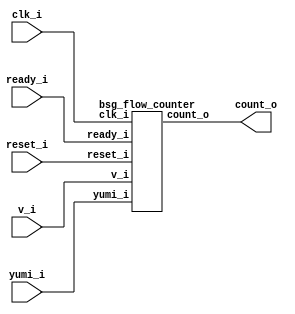


module top
(
  clk_i,
  reset_i,
  v_i,
  ready_i,
  yumi_i,
  count_o
);

  output [10:0] count_o;
  input clk_i;
  input reset_i;
  input v_i;
  input ready_i;
  input yumi_i;

  bsg_flow_counter
  wrapper
  (
    .count_o(count_o),
    .clk_i(clk_i),
    .reset_i(reset_i),
    .v_i(v_i),
    .ready_i(ready_i),
    .yumi_i(yumi_i)
  );


endmodule



module bsg_counter_up_down_max_val_p1024_init_val_p0_max_step_p1
(
  clk_i,
  reset_i,
  up_i,
  down_i,
  count_o
);

  input [0:0] up_i;
  input [0:0] down_i;
  output [10:0] count_o;
  input clk_i;
  input reset_i;
  wire N0,N1,N2,N3,N4,N5,N6,N7,N8,N9,N10,N11,N12,N13,N14,N15,N16,N17,N18,N19,N20,N21,
  N22,N23,N24,N25,N26,N27,N28,N29,N30,N31,N32,N33,N34,N35;
  reg [10:0] count_o;
  assign { N13, N12, N11, N10, N9, N8, N7, N6, N5, N4, N3 } = count_o - down_i[0];
  assign { N24, N23, N22, N21, N20, N19, N18, N17, N16, N15, N14 } = { N13, N12, N11, N10, N9, N8, N7, N6, N5, N4, N3 } + up_i[0];
  assign { N35, N34, N33, N32, N31, N30, N29, N28, N27, N26, N25 } = (N0)? { 1'b0, 1'b0, 1'b0, 1'b0, 1'b0, 1'b0, 1'b0, 1'b0, 1'b0, 1'b0, 1'b0 } : 
                                                                     (N1)? { N24, N23, N22, N21, N20, N19, N18, N17, N16, N15, N14 } : 1'b0;
  assign N0 = reset_i;
  assign N1 = N2;
  assign N2 = ~reset_i;

  always @(posedge clk_i) begin
    if(1'b1) begin
      { count_o[10:0] } <= { N35, N34, N33, N32, N31, N30, N29, N28, N27, N26, N25 };
    end 
  end


endmodule



module bsg_flow_counter
(
  clk_i,
  reset_i,
  v_i,
  ready_i,
  yumi_i,
  count_o
);

  output [10:0] count_o;
  input clk_i;
  input reset_i;
  input v_i;
  input ready_i;
  input yumi_i;
  wire [10:0] count_o;
  wire enque;

  bsg_counter_up_down_max_val_p1024_init_val_p0_max_step_p1
  gen_blk_0_counter
  (
    .clk_i(clk_i),
    .reset_i(reset_i),
    .up_i(enque),
    .down_i(yumi_i),
    .count_o(count_o)
  );

  assign enque = v_i & ready_i;

endmodule